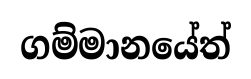
ගම්මානයේත්